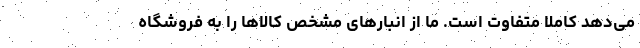
می‌دهد کاملا متفاوت است. ما از انبارهای مشخص کالاها را به فروشگاه